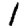
Digit: 1